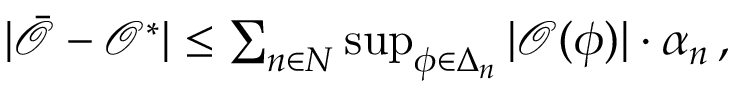
\begin{array} { r } { \vert \bar { \mathcal { O } } - \mathcal { O } ^ { * } \vert \leq \sum _ { n \in N } \operatorname* { s u p } _ { \phi \in \Delta _ { n } } \vert \mathcal { O } ( \phi ) \vert \cdot \alpha _ { n } \, , } \end{array}